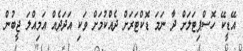
އޭޑީކޭ ހޮސްޕިޓަލަށް ދާ ނަމަ ޑޮކްޓަރަށް ދެއްކުމަށް ވަކި އަދަދެއް އަމިއްލަ ޖީބުން